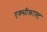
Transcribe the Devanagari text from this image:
एक्सीक्राफ्ट